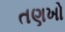
તણખો